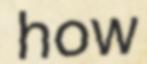
how